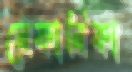
মেকানিকা